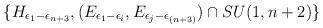
LaTeX: \begin{align*}\{H_{\epsilon_1 -\epsilon_{n+3}}, (E_{\epsilon_1 -\epsilon_i},E_{\epsilon_j -\epsilon_{(n+3)}})\cap SU(1,n+2)\}\end{align*}